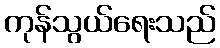
ကုန်သွယ်ရေးသည်